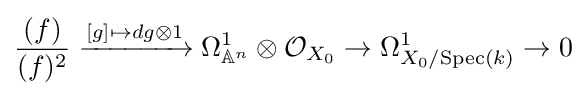
{\frac {(f)}{(f)^{2}}}\xrightarrow {[g]\mapsto dg\otimes 1} \Omega _{\mathbb {A} ^{n}}^{1}\otimes {\mathcal {O}}_{X_{0}}\to \Omega _{X_{0}/{\text{Spec}}(k)}^{1}\to 0